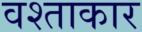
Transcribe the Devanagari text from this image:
वश्ताकार